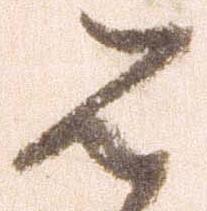
は